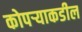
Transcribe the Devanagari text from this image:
कोपऱ्याकडील